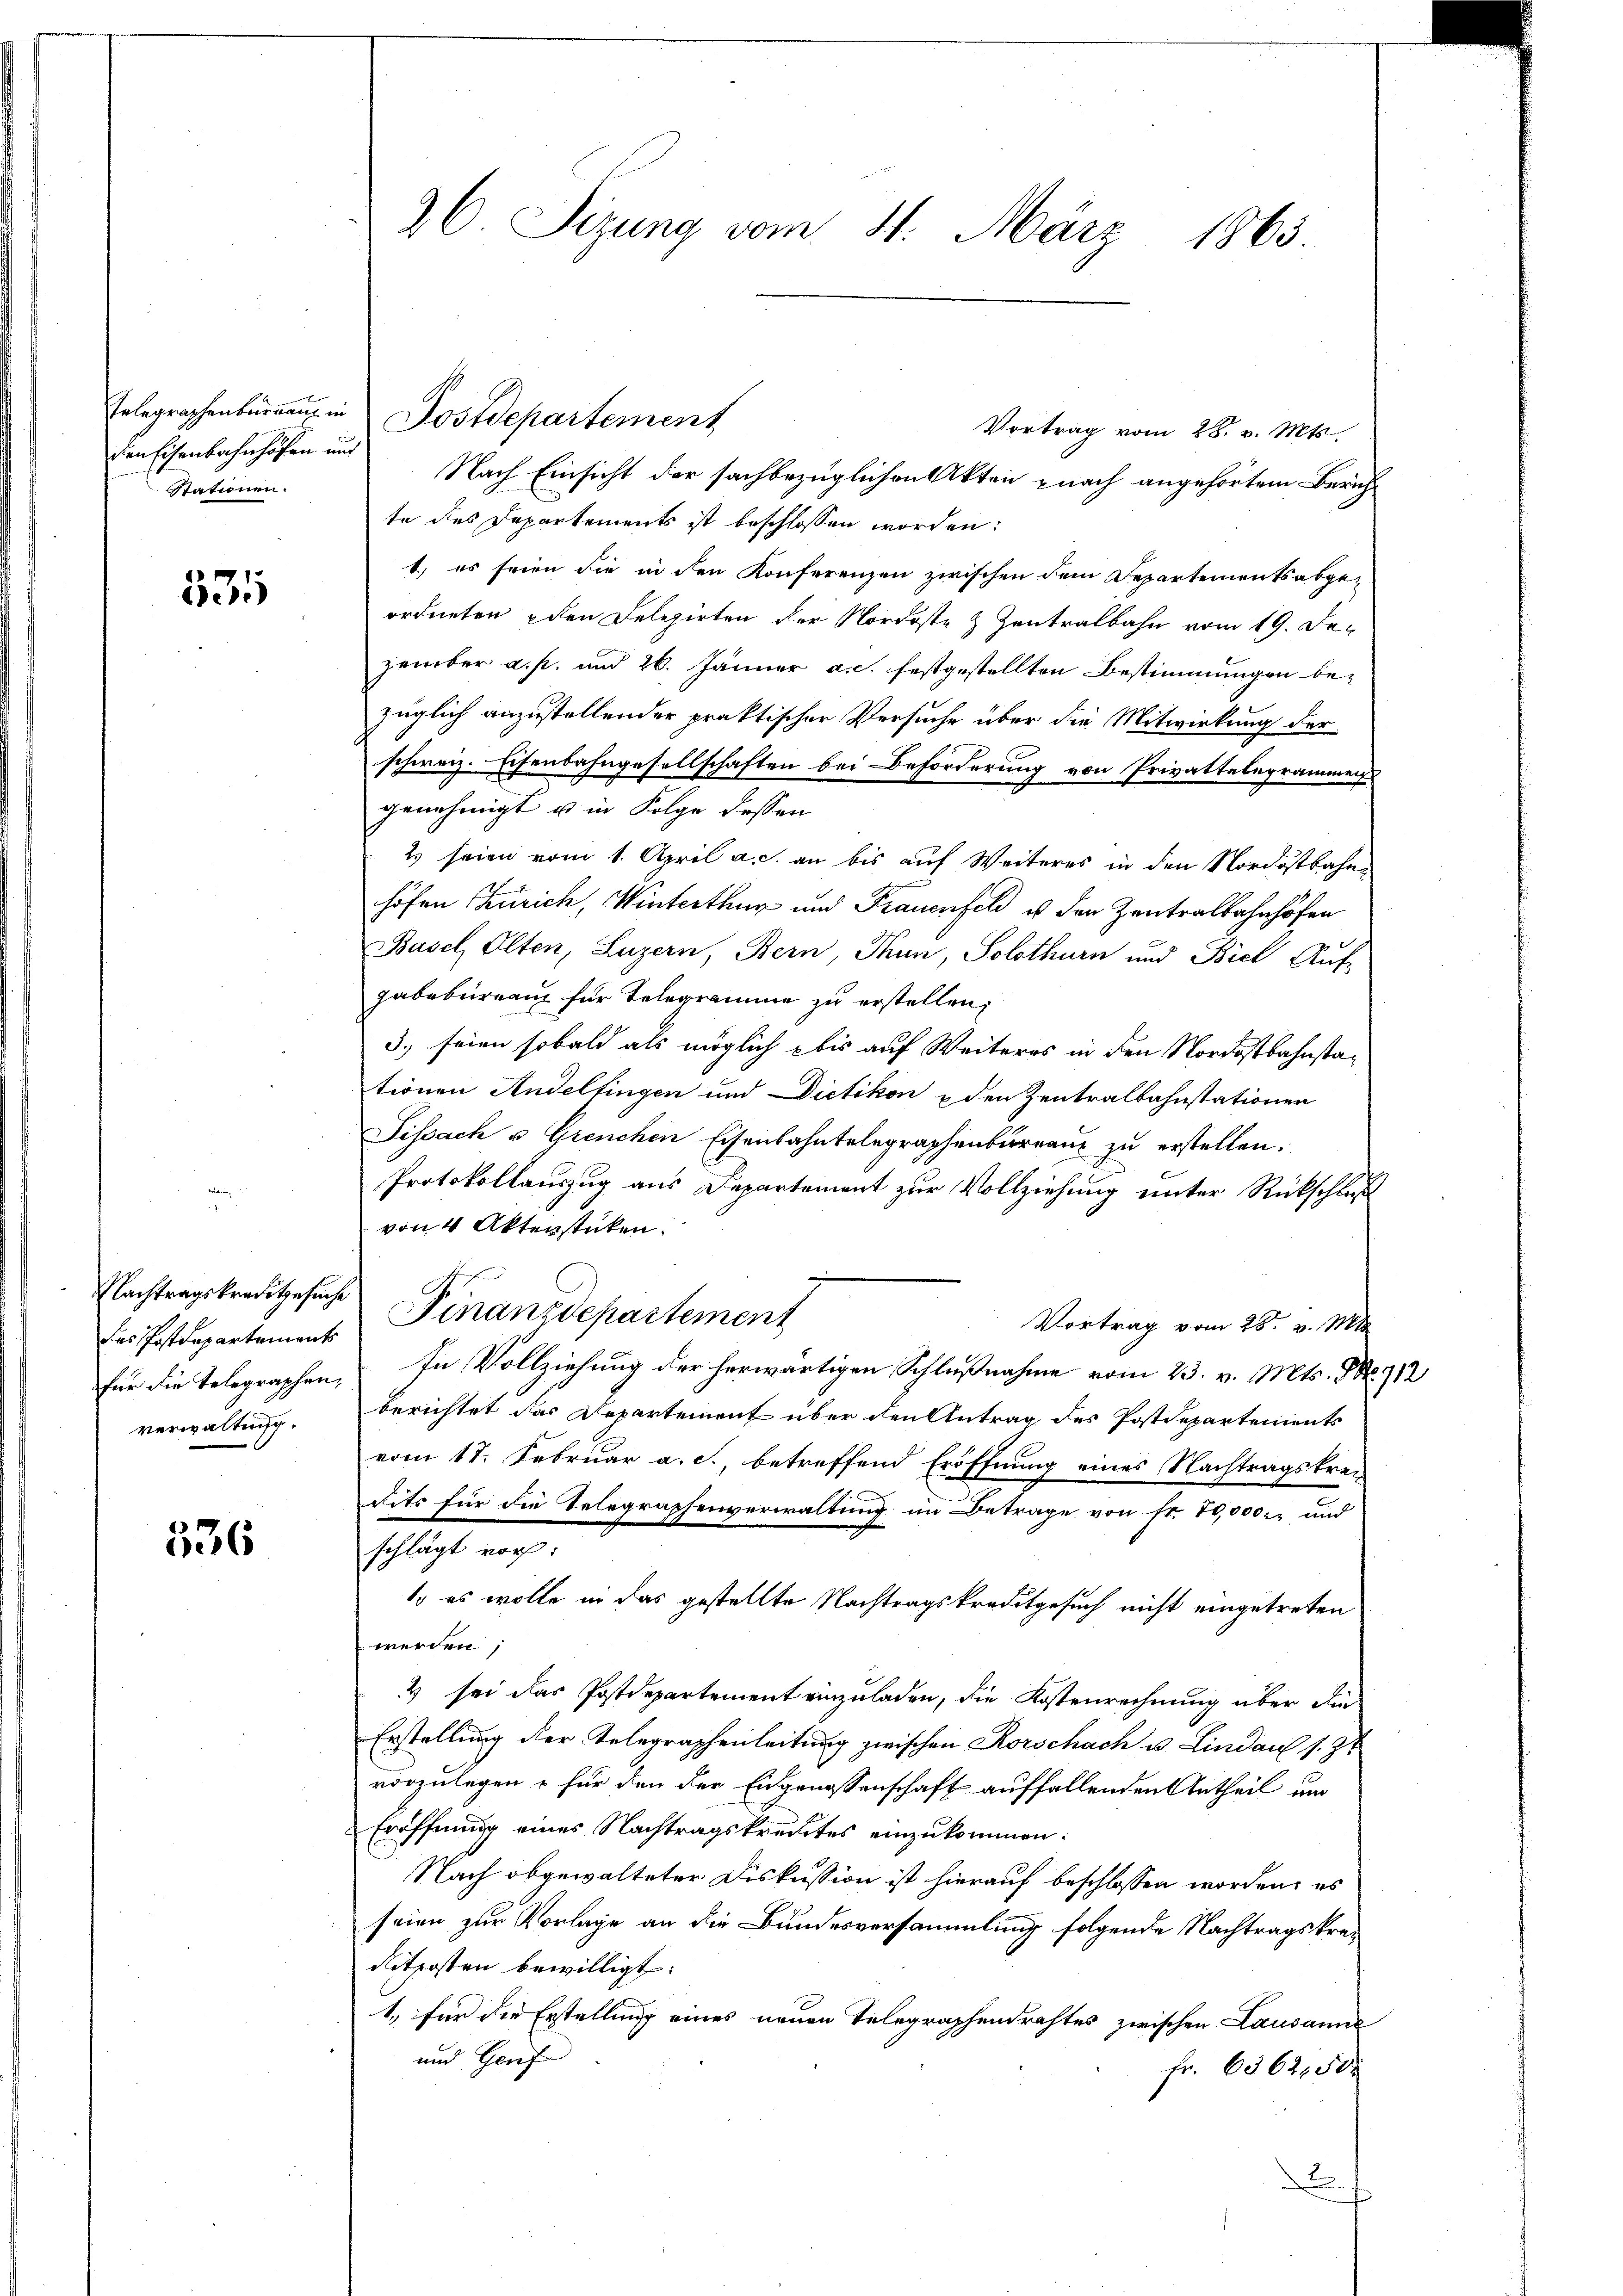
Eelegraphenbureau in
den Eisenbahnhöfen und
Stationen.

531

Nachtragskreditgesuche
das Postdepartements
für die Telegraphen,
verwaltung.

536

26 Sizung vom 4. März 1865

Postdepartement
Vortrag vom 28. v. Mts.
Nach Einsicht der sachbezüglichen Akten nach angehörtem Bericht
te des Departements ist beschlossen worden.
1.) es seien sie in den Konferenzen zwischen dem Departements abgeordneten den Delegirten der Nordoste & Zentralbahn vom 19. De-
zember a. p. und 26. Jänner a. c. festgestellten Bestimmungen be-
züglich anzustellender praktischer Versuche über die Mitwirkung der
schweiz. Eisenbahngesellschaften bei Beförderung von Privattelegrammen
genehmigt u in Folge dessen
2) seien vom 1. April a. c. an bis auf Weiteres in den Nordostbahnhöfen Zürich, Winterthur und Frauenfeld es der Zentralbahnhöfen
Basel, Olten, Luzern, Bern, Thun, Solothurn und Biel Auf-
Habebureau für Telegramme zu erstellen,
3) seien sobald als möglich bis auf Weiteres in den Nordostbahnstationen Andelfingen und Dietikon & den Zentralbahnstationen
Sissach u. Grenchen Eisenbahntelegraphenbureaus zu erstellen.
Protokollauszug aus Departement zur Vollziehung unter Rückschluß
von 4 Aktenstücken.
Finanzdepartement
Vortrag vom 28. v. Mts.
In Vollziehung der herwärtigen Schlußnahme vom 23. v. Mts. S. 712
berichtet das Departement über den Antrag des Postdepartements
vom 17. Februar a. c., betreffend Eröffnung eines Nachtragskre-
dits für die Telegraphenverwaltung im Betrage von fr. 70,000 und
schlägt vor:
1. es wolle in das gestellte Nachtragskreditgesuch nicht eingetreten
werden,
4 sei das Postdepartement einzuladen, die Kostenrechnung über die
Erstellung der Telegraphenleitung zwischen Korschach u. Lindau s. Zt
vorzulegen u für den der Eidgenossenschaft auffallenden Antheil um
Eröffnung eines Nachtragskredites einzukommen.
Nach abgewalteter Diskussion ist hierauf beschlossen worden, es
seien zur Vorlage an die Bundesversammlung folgende Nachtragskrei
Ritposten bewilligt.
1., für die Erstellung eines neuen Telegraphendrahtes zwischen Lausanne
und Genf
Fr. 6362,500
D